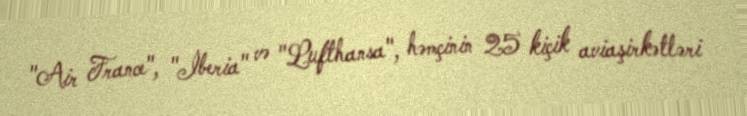
"Air France", "İberia" və "Lufthansa", həmçinin 25 kiçik aviaşirkətləri